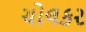
ચોલકર